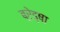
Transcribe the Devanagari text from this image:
ब्रेड्षा